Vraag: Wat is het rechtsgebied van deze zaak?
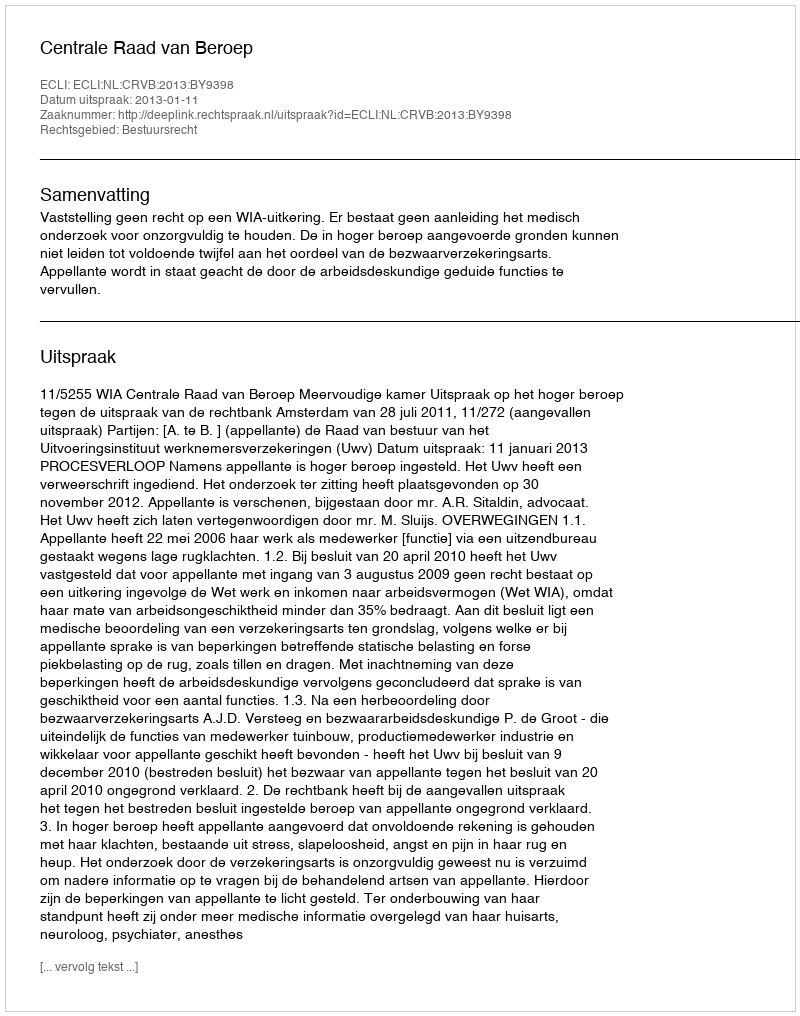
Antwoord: Bestuursrecht